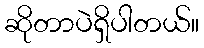
ဆိုတာပဲရှိပါတယ်။